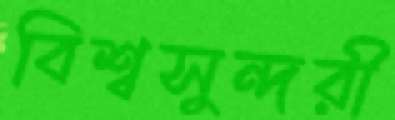
বিশ্বসুন্দরী